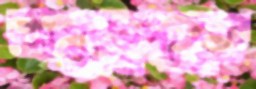
অগ্ন্যুত্পাতে